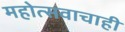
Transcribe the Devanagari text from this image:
महोत्सवाचाही